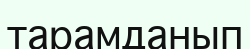
тарамданып